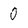
Character: 0